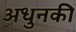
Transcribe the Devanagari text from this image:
अधुनकी